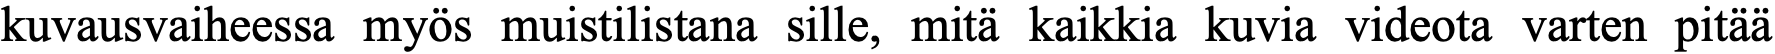
kuvausvaiheessa myös muistilistana sille, mitä kaikkia kuvia videota varten pitää